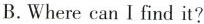
B.Where can I find it?